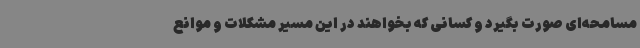
مسامحه‌ای صورت بگیرد و کسانی که بخواهند در این مسیر مشکلات و موانع